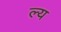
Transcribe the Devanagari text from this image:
ल्य